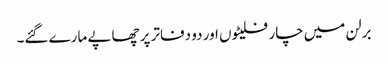
برلن میں چار فلیٹوں اور دو دفاتر پر چھاپے مارے گئے۔